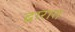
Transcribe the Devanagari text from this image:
द्वारात